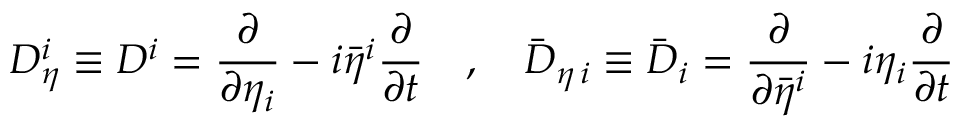
D _ { \eta } ^ { i } \equiv D ^ { i } = \frac { \partial } { \partial \eta _ { i } } - i \bar { \eta } ^ { i } \frac { \partial } { \partial t } \quad , \quad \bar { D } _ { \eta \, i } \equiv \bar { D } _ { i } = \frac { \partial } { \partial \bar { \eta } ^ { i } } - i \eta _ { i } \frac { \partial } { \partial t }